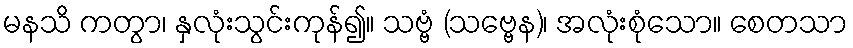
မနသိ ကတွာ၊ နှလုံးသွင်းကုန်၍။ သဗ္ဗံ (သဗ္ဗေန)၊ အလုံးစုံသော။ စေတသာ